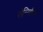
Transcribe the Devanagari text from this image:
सेन्सिटिव